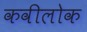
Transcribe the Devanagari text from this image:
कवीलोक